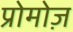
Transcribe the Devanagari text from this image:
प्रोमोज़